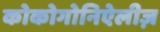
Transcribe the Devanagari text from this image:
कोकोगोनिऐलीज़